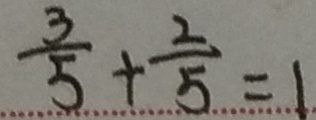
\frac { 3 } { 5 } + \frac { 2 } { 5 } = 1